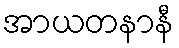
အာယတနာနီ